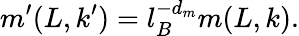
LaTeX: m^{\prime}(L,k^{\prime})=l_{B}^{-d_{m}}m(L,k).